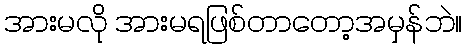
အားမလို အားမရဖြစ်တာတော့အမှန်ဘဲ။